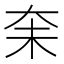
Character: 𪥋